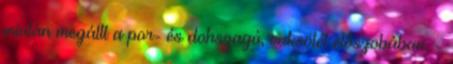
miután megállt a por- és dohszagú, vaksötét előszobában. -